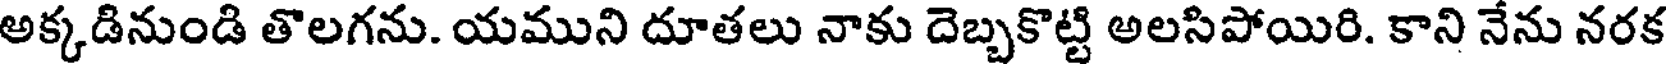
అక్కడినుండి తొలగను. యముని దూతలు నాకు దెబ్బకొట్టి అలసిపోయిరి. కాని నేను నరక